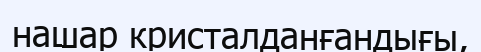
нашар кристалданғандығы,